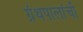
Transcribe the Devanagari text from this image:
ग्रंथपालांची